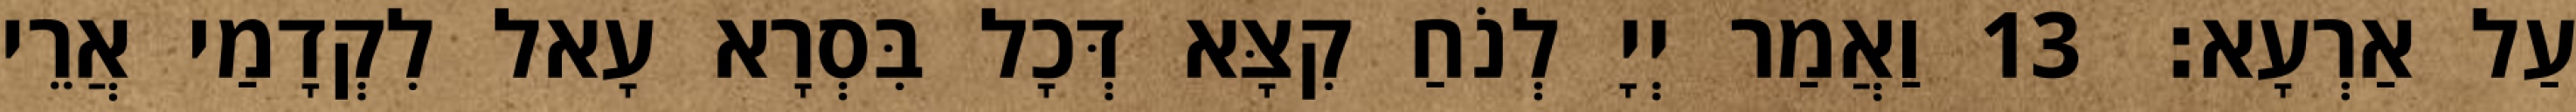
עַל אַרְעָא׃ 13 וַאֲמַר יְיָ לְנֹחַ קִצָּא דְּכָל בִּסְרָא עָאל לִקְדָמַי אֲרֵי